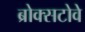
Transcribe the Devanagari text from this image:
ब्रोक्सटोवे